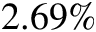
2 . 6 9 \%